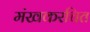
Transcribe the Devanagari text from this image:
मंखकरचित